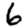
Digit: 6